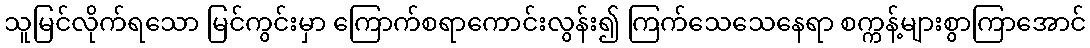
သူမြင်လိုက်ရသော မြင်ကွင်းမှာ ကြောက်စရာကောင်းလွန်း၍ ကြက်သေသေနေရာ စက္ကန့်များစွာကြာအောင်